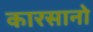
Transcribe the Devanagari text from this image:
कारसानो